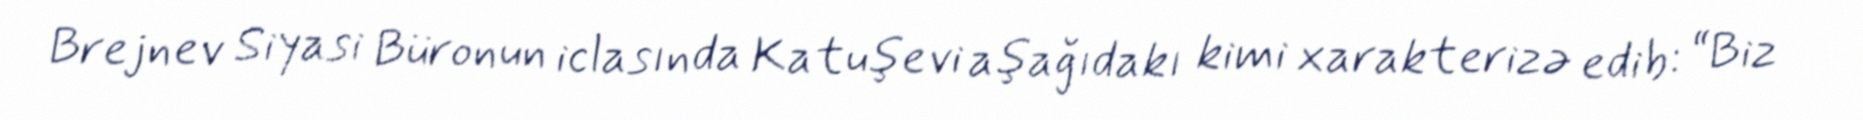
Brejnev Siyasi Büronun iclasında Katuşevi aşağıdakı kimi xarakterizə edib: “Biz